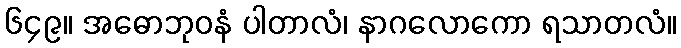
၆၄၉။ အဓောဘုဝနံ ပါတာလံ၊ နာဂလောကော ရသာတလံ။